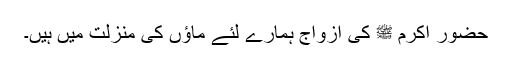
حضور اکرم ﷺ کی ازواج ہمارے لئے ماؤں کی منزلت میں ہیں۔